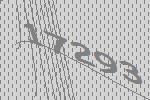
17293